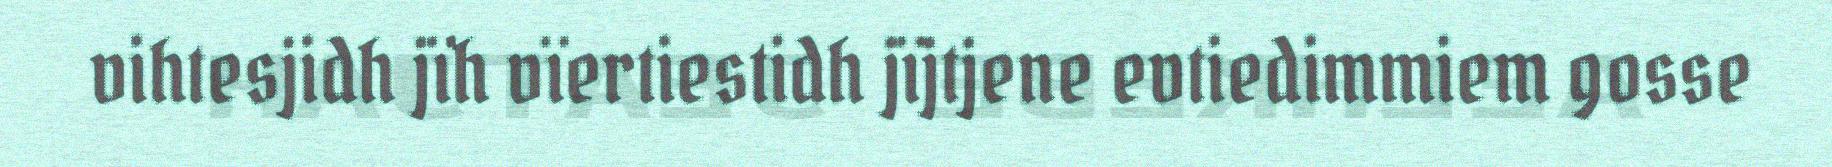
vihtesjidh jïh vïertiestidh jïjtjene evtiedimmiem gosse